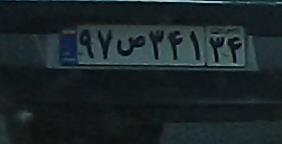
۹۷ص۳۴۱۳۴